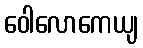
ဝေါလောကေယျ